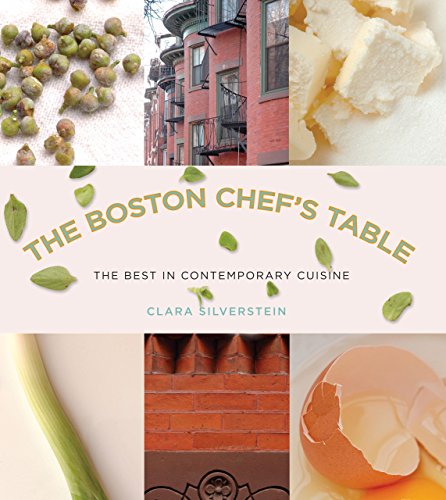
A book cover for Boston Chef's Table: The Best In Contemporary Cuisine; Clara Silverstein; Cookbooks, Food & Wine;